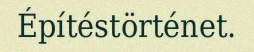
Építéstörténet.